Calcutta medical institutions reports 1892-1900
Year: 1892
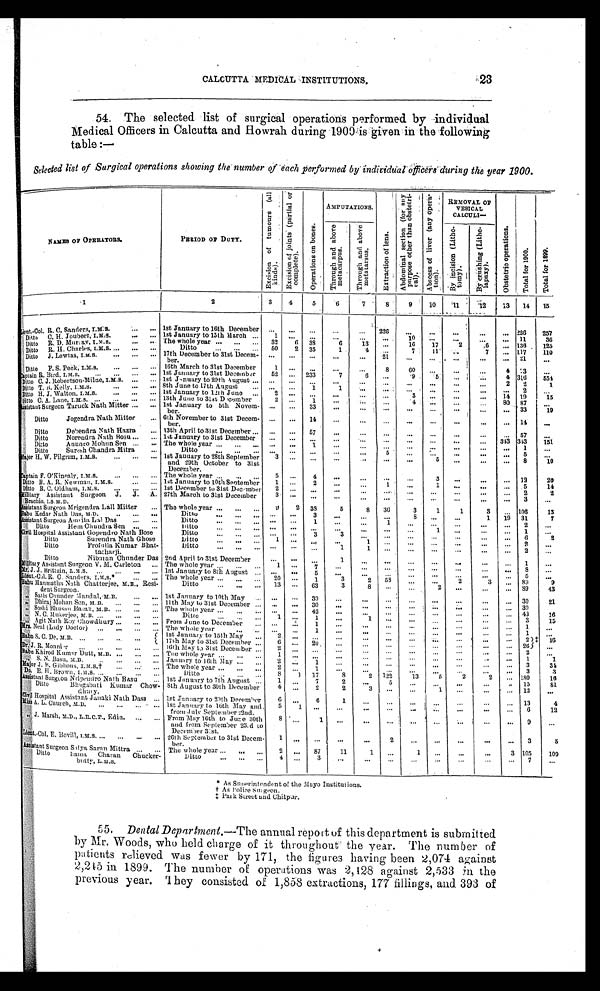
CALCUTTA MEDICAL INSTITUTIONS.
23
54. The selected list of surgical operations performed by individual
Medical Officers in Calcutta and Howrah during 1900 is given in the following
table
: —
Selected list of Surgical operations showing the number of each performed by individual officers during the year 1900.
NAMES OF OPERATORS.
PERIOD OF DUTY.
E x c i s i o n o f t u m o u r s ( a l l k i n d s ) .
E x c i s i o n o f j o i n t s ( p a r t i a l o r c o m p l e t e ) .
O p e r a t i o n s o n b o n e s .
A M P U T A T I O N S .
E x t r a c t i o n o f l e n s .
A b d o m i n a l s e c t i o n ( f o r a n y p u r p o s e o t h e r t h a n o b s t e t r i - c a l ) .
A b s c e s s o f l i v e r ( a n y o p e r a - t i o n ) .
REMOVAL OF VESI CAL CALCULI —
O b s t e t r i o o p e r a t i o n s .
T o t a l f o r 1 9 0 0 .
T o t a l f o r 1 8 9 9 .
T h r o u g h a n d a b o v e m e t a c a r p u s .
T h r o u g h a n d a b o v e m e t a t a r s u s .
B y i n c i s i o n ( L i t h o - t o m y ) .
B y c r u s h i n g ( L i t h o - l a p a x y ) .
1
2
3
4
5
6
7
8 9
10 11 12
13
14 15
Lient. Col. R. C. Sanders, I.M.S. 1st January to 16th December ...
...
...
...
...
2 2 6
...
...
...
...
...
2 2 6
2 5 7
Ditto C. H. Joubert, I.M.S.
1st January to 15th March
1 ...
...
...
...
...
1 0 ...
... ...
...
1 1
3 5
Ditto R. D. Muray, I.M.S.
The whole year
3 2
6 38
6
1 3 ...
1 6
1 7
2
6
...
1 3 6
1 2 5
Ditto R. H. Charles, I.M.S.
Ditto
5 0
2
3 5
1
4 ...
7
1 1 ...
7 ...
1 1 7
1 1 0
Ditto J. Lewtas, I.M.S.
17th December to 31st Decem-ber.
...
...
...
...
...
2 1
...
...
...
...
...
2 1
...
Ditto F. S. Peck, I.M.S.
16th March to 31st December 1 ... ...
...
...
8
6 0 ...
...
...
4
7 3 ...
Captain R. Bird, I.M.S.
1st January to 31st December 5 2 ...
2 3 3
7
6
...
. 9
5 ... ...
4
3 1 6
5 5 4
Ditto C. J. Robertson-Milne, I.M.S. 1st January to 29th August ...
...
...
...
... ...
...
...
... ...
2
2
1
Ditto T. B. Kelly, I.M.S.
8th June to 17th August
...
...
1
1 ...
...
... ...
... ...
...
2 ...
Ditto H. J. Walton, I.M.S.
1st January to 12th June
2 ...
...
...
... ...
3 ...
...
...
1 4
1 9
1 5
Ditto C. A. Lane, I.M.S.
13th June to 31st December
2 ...
1
... ...
...
4 ...
... ...
8 0
8 7
...
Assistant Surgeon Taruck Nath Mitter 1st January to 5th Novem-ber. ...
...
3 3
...
...
...
...
... ...
...
...
3 3
1 9
Ditto
Jogendra Nath Mitter 6th November to 31st Decem-ber. ...
...
1 4
...
...
...
...
...
...
...
...
1 4
...
Ditto
Debendra Nath Hazra 13th April to 31st December ...
...
5 7
...
...
...
...
...
...
...
...
5 7
...
Ditto
Norendra Nath Bosu 1st January to 31st December ...
...
... ...
...
...
... ...
...
...
3 4 3
3 4 3
1 5 1
Ditto
Anungo Mohun SenThe whole year
...
...
1
... ...
... ...
...
...
...
...
1
...
Ditto
Suresh Chandra Mitra
Ditto
...
...
...
...
...
5 ...
...
...
... ...
5 ...
Major H. W. Pilgrim, I.M.S.
1st January to 28th September and 29th October to 31st December.
3 ...
...
... ...
...
...
5
...
...
...
8
1 0
Captain F. O' Kinealy, I.M.S.
The whole year
5 ...
4
...
...
...
...
3
...
...
...
1 2
2 0
Ditto E. A. R. Newman, I.M.S.
1st January to 10th September 1 ...
2 ...
...
1 ...
1
...
... ...
5
1 4
Ditto B. C. Oldham, I.M.S.
1st December to 31st December 2 ...
...
...
...
...
...
...
...
... ...
2
2
Military Assistant Surgeon J. J. A. Brachio, I.S.M.D.
27th March to 31st December 3 ...
...
...
...
...
... ...
...
... ...
3 ...
Assistant Surgeon Mrigendra Lall Mitter The whole year
9
2
3 8
5
8
3 6
3
1
1
3 ...
1 0 6
1 3
Babu Kedar Nath Das, M.D.
Ditto
... ...
3
... ...
...
8 ...
...
1
1 9
3 1
7
Assistant Surgeon Amrita Lal DasDitto ...
...
1
...
...
1
...
...
...
...
...
2
...
Ditto
Hem Chundra Sen
Ditto
...
...
...
... ....
... ...
1 ...
..
...
1 ...
Civil Hospital Assistant Gopendro Nath BoseDitto ...
...
3
3
... ...
... ...
...
...
...
6
2
Ditto
Surendra Nath Ghose
Ditto
1 ...
...
...
1
...
...
...
...
...
...
2
...
Ditto
Profulla Kumar Bhat-tacharji. Ditto
...
...
...
1
1 ... ...
...
...
... ...
2 ...
Ditto
Nibaran Chunder Das
2nd April to 31st December ... ...
...
1
...
...
...
...
...
...
...
1
...
Military Assistant Surgeon V. M. Carleton The whole year
1 ...
7
... ...
......
...
...
...
...
8 ...
Mr. J. J. Brittain, L.M.S.
1st January to 8th August ...
...
5
...
... ...
...
...
...
.. ...
5
...
Lieut.-Col. R. C. Sanders. I.M.S.*
The whole year
2 0
...
1
3
2
5 8
...
...
2
3 ...
8 9
9
Babu Manmatha Nath Chatterjee, M.B., Resi-dent Surgeon.
Ditto
1 3
...
6 3
3
8 ... ...
2 ...
...
...
8 9
4 3
" Satis Chunder Mandal, M.B.
1st January to 10th May
...
...
3 0
...
... ...
... ...
...
...
...
3 0
2 1
" Dhiraj Mohan Sen, M.B.
11th May to 31st December ...
...
3 0
...
... ...
... ...
...
...
...
3 0
" Soshi Bhusan Basak, M.B. The whole year
...
...
4 2
... ...
......
......
...
...
4 3
1 6
" N. C. Mukerjee, M.B.
Ditto
1 ...
1
...
1
...
... ...
...
...
...
3
1 5
" Agit Nath Roy Chowdhury
From June to December
......
1 ...
...
......
...
...
...
...
1 ...
Mrs. Neal (Lady Doctor)
The whole year
......
1
... ...
... ...
... ...
...
...
1
...
1st January to 15th May
2
...
... ...
...
...
...
...
...
...
...
2 ‡
1 6
Babu S. C. De, M.B.
17th May to 31st December
6 ...
2 0
... ...
... ...
...
...
... ...
2 6
...
Dr. J. R. Monnier
16th May to 31st December 2
...
...
...
...
...
...
...
...
...
...
2
...
Babu Khirod Kumar Dutt, M.B.
The whole year
1 ...
...
...
...
......
...
...
...
...
1
1
" S. N. Basa, M.B.
January to 16th May
2 ...
1 ...
...
...
... ...
...
... ...
3
3 4
Major J. B. Gilbbous, I.M.S.†
The whole year
2 ...
1
...
... ...
...
... ...
... ..
3
3
Do. E. H. Brown, I.M.S.
Ditto
8
1
1 7
8
2
1 2 2
1 3
5 2
2
...
1 8 0
1 6
Assistant Surgeon Nripendro Nath Basu 1st January to 7th August
1 ...
7
2
...
5 ...
...
...
...
...
1 5
8 1
Ditto
Bhagabati Kumar Chow-dhary.
8th August to 30th December 4 ...
2 2
3 ...
...
1 ...
...
...
1 2
...
Civil Hospital Assistant Janaki Nath Dass 1st January to 29th December6 ...
6
1
... ... ...
...
...
...
...
1 3
4
Miss A. L. Church, M.D.
1st January to 16th May and from July September 22nd.
5 1
...
...
... ...
... ...
...
...
...
6
1 2
" J. Marsh, M.D., L.R.C.P., Edin.
From May 16th to June 30th and from September 23rd to December 31st.
8
...
1
...
... ...
... ...
...
...
...
9
...
Lieut.-Col. E. Bovil, I.M.S.
26th September to 31st Decem-ber. 1 ...
...
...
...
2 ...
...
...
...
...
3
5
Assistant Surgeon Satya Saran Mittra.
The whole year
2
...
8 7
1 1
1 ... 1
...
...
...
3
1 0 5
1 0 9
Ditto
Bama Charan Chucker-butty, L.M.B
Ditto
4
...
3
...
... ...
...
...
...
...
...
7
...
* As Superintendent of the Mayo Institutions.
†
A s P o l i c e S u r g e o n .
‡ P a r k S t r e e t a n d C h i t p a r .
55. Dental Department.— The annual report of this department is submitted
by Mr. Woods, who held charge of it throughout the year. The number of
patients relieved was fewer by 171, the figures having been 2,074 against
2,245 in 1899. The number of operations was 2,428 against 2,533 in the
previous year. They consisted of 1,858 extractions, 177 fillings, and 393 of